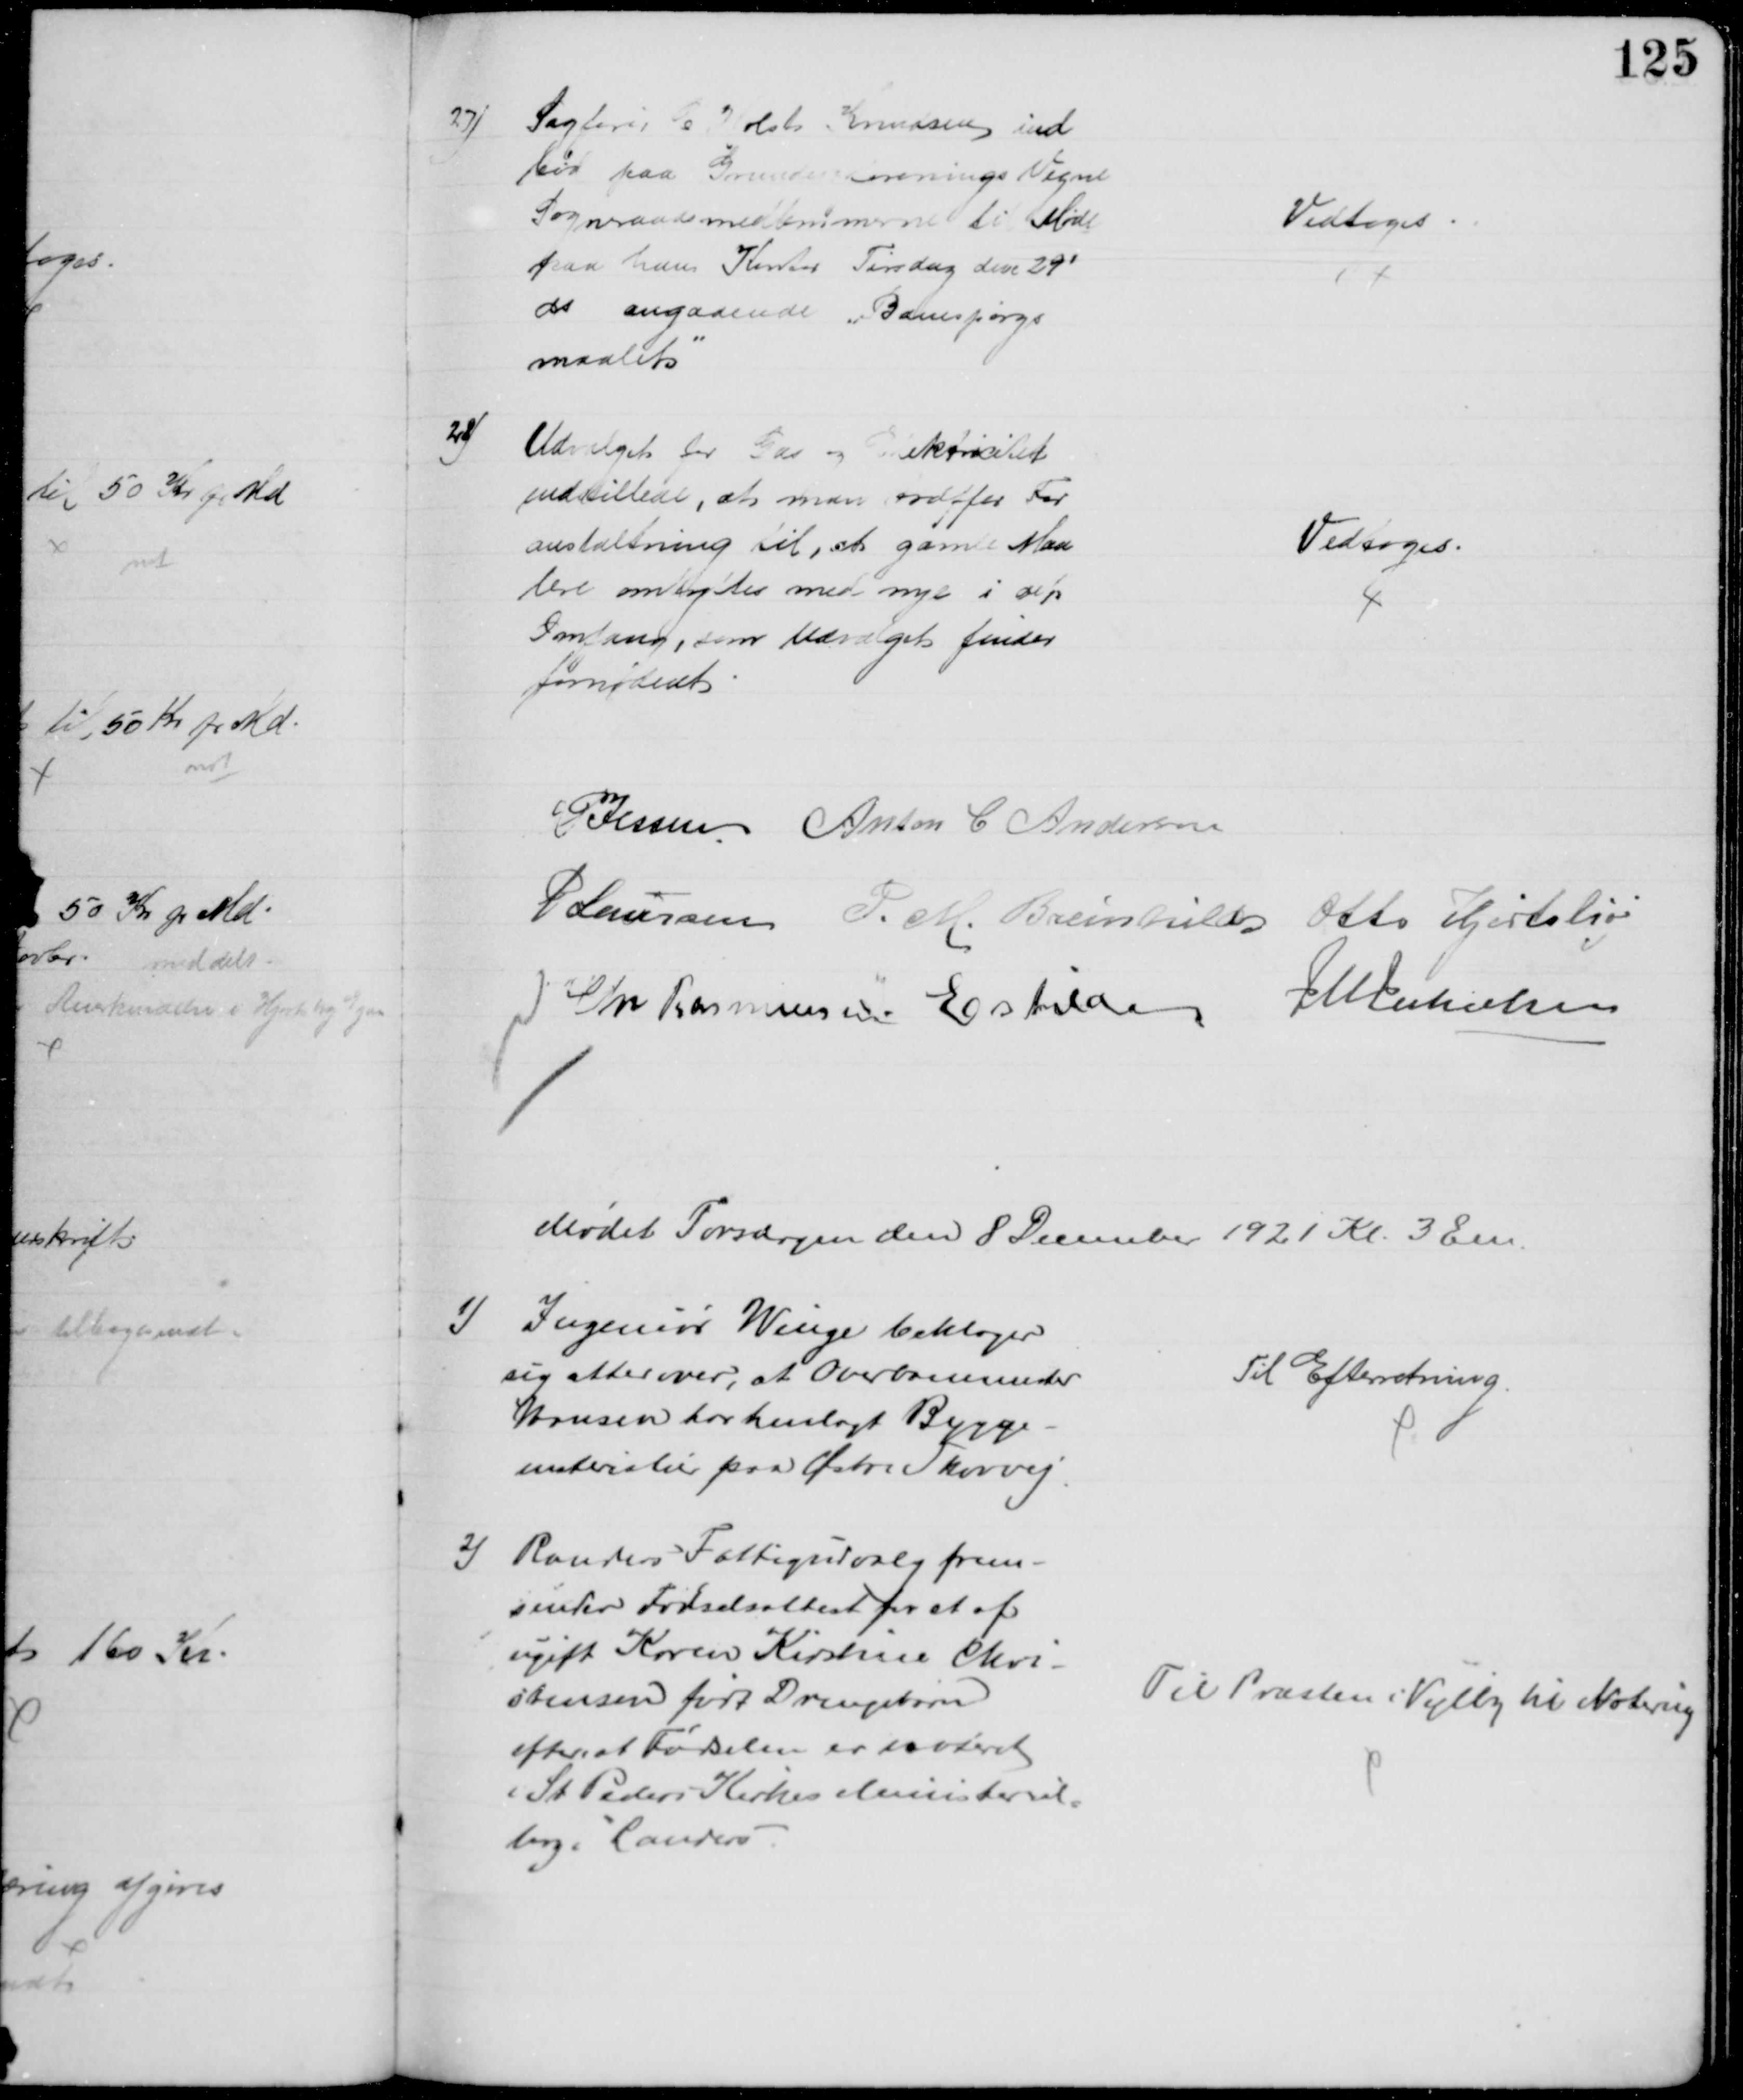
Transskription:
27)
Sagfører C Holst Knudsen ind
bød paa Grundejerforenings Vegne
Sogneraadsmedlemmerne til Møde
paa hans Kontor Tirsdag den 29'
ds angaaende "Banespørgs
maalet"
Vedtoges
28)
Udvalget for Gas og Elektricitet
indstillede, at man træffer For
anstaltning til, at gamle Maa
lere omskiftes med nye i det
Omfang, som Udvalget finder
fornødent
Vedtoges
P Jessen Anton C Andersen
P Laursen P. M. Breinhild Otto Hjortshøj
Chr Rasmussen Eskildsen
J M Jakobsen
Mødet Tordagen den 8 December 1921 Kl. 3 Em.
1) Ingeniør Winge beklager
sig atter over, at Overbanemester
Hansen har henlagt Bygge-
materialier paa Østre Skovvej.
Til Efterretning
2) Randers Fattigudvalg frem-
sender Fødselsattest for et af
ugift Karen Kirstine Chri-
stensen født Drengebarn
efter at Fødselen er noteret
i St Peders Kirkes Ministerial-
bog i Randers
Til Præsten i Vejlby til Notering